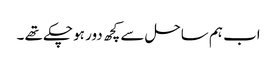
اب ہم ساحل سے کچھ دور ہو چکے تھے ۔